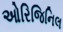
ઓરિજિનિલ